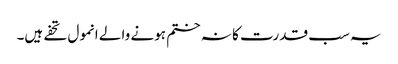
یہ سب قدرت کا نہ ختم ہونے والے انمول تحفے ہیں۔